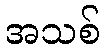
အသစ်